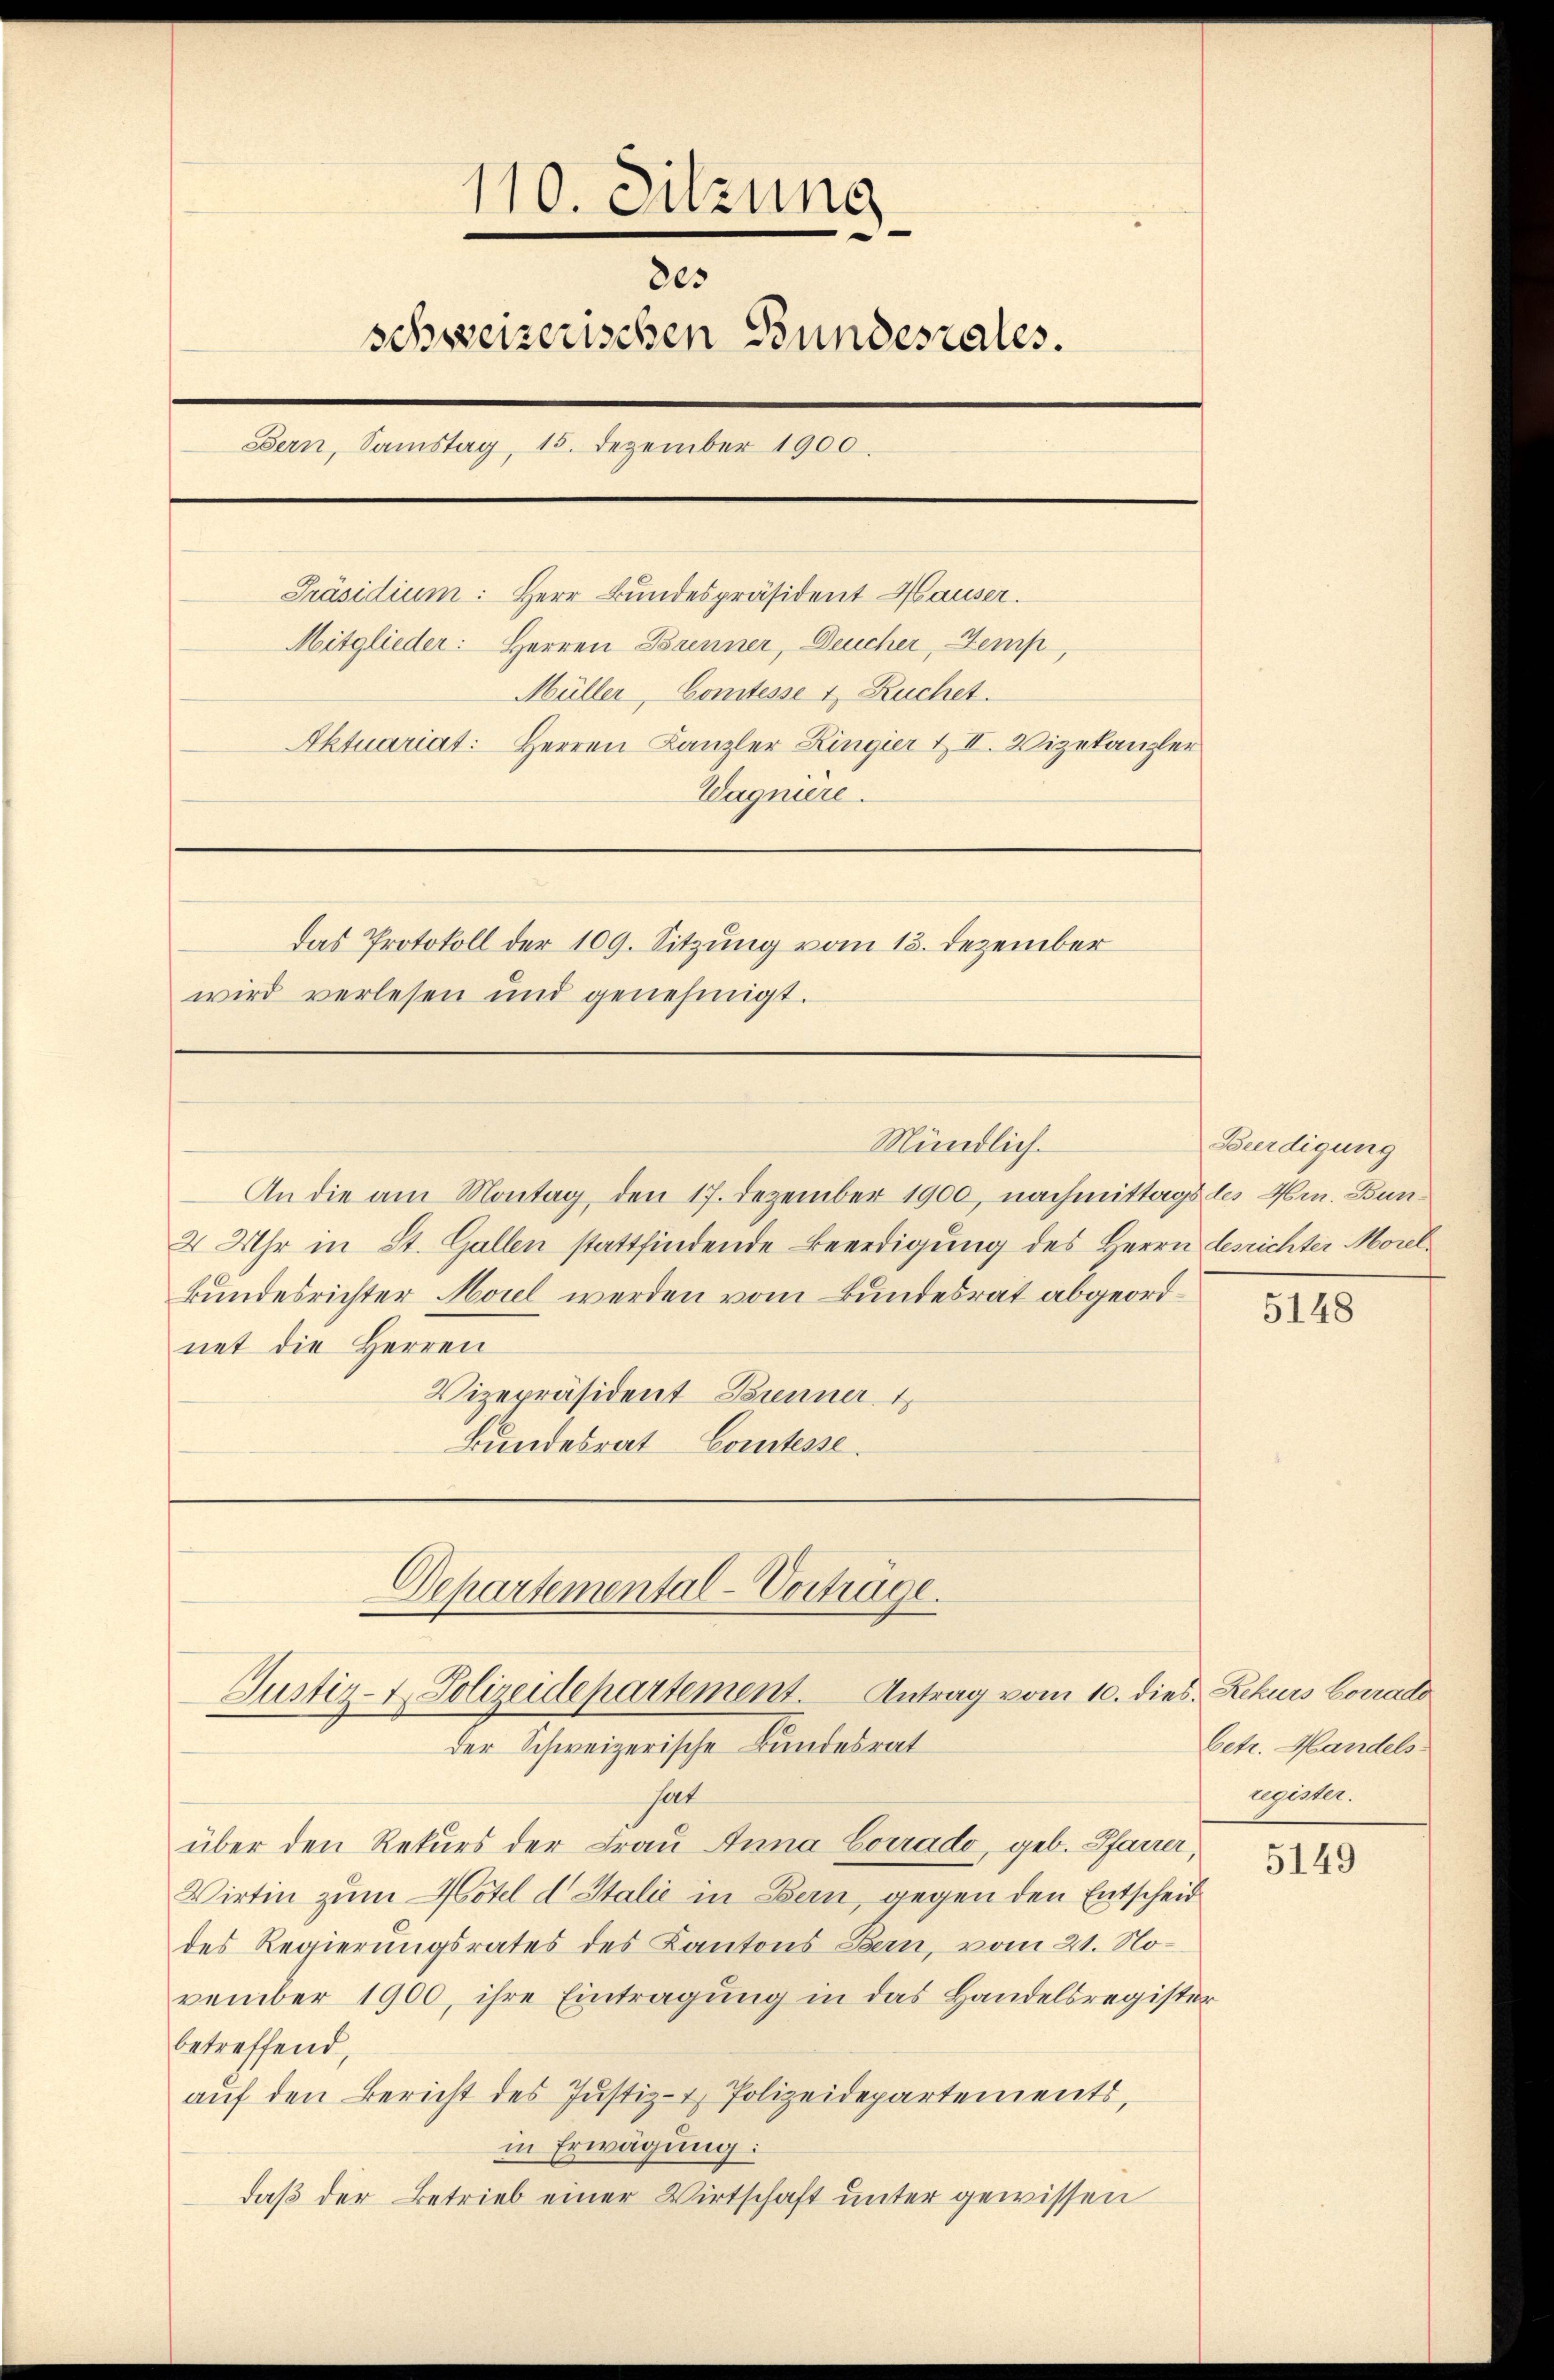
110. Sitzung
2es
schweizerischen Bundesrates.
Bern, Samstag, 15. Dezember 1900.
Präsidium: Herr Bundespräsident Hauser.
Mitglieder: Herren Brenner, Deucher, Temp
Müller, Comtesse 1 Ruchet.
Aktuariat: Herren Kanzler Zingier & II. Vizekanzler
Wagnière.
Das Protokoll der 109. Sitzung vom 13. Dezember
wird verlesen und genehmigt.

An die am Montag, den 17. Dezember 1900, nachmittags des Hrn. Bun¬
2 Uhr in St. Gallen stattfindende Beerdigung des Herrn Gesichter Morelkundesrichter Morel werden vom Bundesrat abgeordnet die Herren
Vizepräsident Brenner 1
Bundesrat Constesse.

Mündlich.

hat
über den Rekurs der Frau Anna Corrado, geb. Pfarrer,
Wirtin zum Hotel d Italie in Bern, gegen den Entscheid
des Regierungsrates des Kantons Bern, vom 21. November 1900, ihre Eintragung in das Handelsregister
betreffend,
aŭf den Bericht des Justiz- & Polizeidepartements,
in Erwägung:
daß der Betrieb einer Wirtschaft unter gewissen

Departemental-Vorträge.
Justiz- & Polizeidepartement. Antrag vom 10. dies Rekurs Conrado
der Schweizerische Bundesrat

Beerdigung

5148

betr. Handels
ugester.

5149